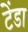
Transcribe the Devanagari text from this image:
टेंडा